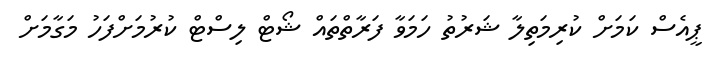
ޕީއެސް ކަމަށް ކުރިމަތިލާ ޝަރުތު ހަމަވާ ފަރާތްތައް ޝޯޓް ލިސްޓް ކުރުމަށްފަހު މަގާމަށް